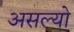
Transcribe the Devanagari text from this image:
असल्याे